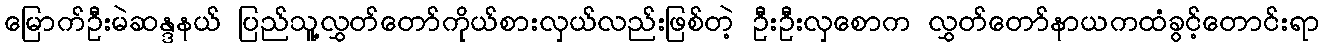
မြောက်ဦးမဲဆန္ဒနယ် ပြည်သူ့လွှတ်တော်ကိုယ်စားလှယ်လည်းဖြစ်တဲ့ ဦးဦးလှစောက လွှတ်တော်နာယကထံခွင့်တောင်းရာ